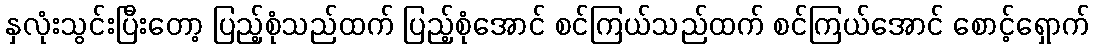
နှလုံးသွင်းပြီးတော့ ပြည့်စုံသည်ထက် ပြည့်စုံအောင် စင်ကြယ်သည်ထက် စင်ကြယ်အောင် စောင့်ရှောက်